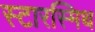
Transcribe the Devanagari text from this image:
स्टारस्मिथ